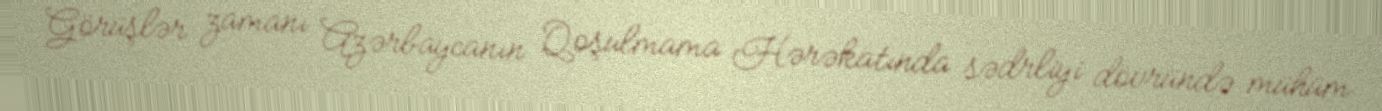
Görüşlər zamanı Azərbaycanın Qoşulmama Hərəkatında sədrliyi dövründə mühüm